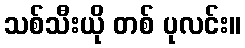
သစ်သီးယို တစ် ပုလင်း။